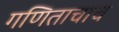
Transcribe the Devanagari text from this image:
गणिताचाच